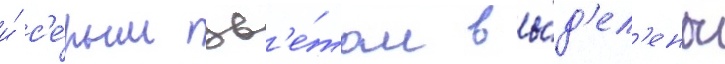
и́ с'е́рым цв'е́том вы́д'ел'ены